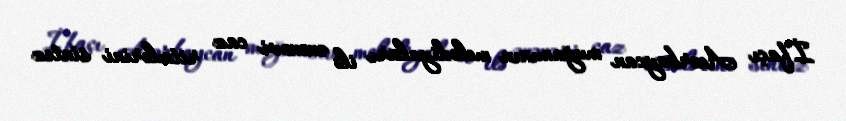
İfaçı Azərbaycan muğamının melodiyaları ilə ənənəvi caz ritmlərini sintez